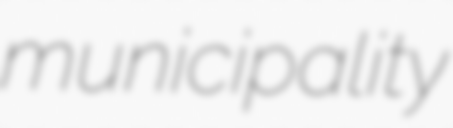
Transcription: municipality